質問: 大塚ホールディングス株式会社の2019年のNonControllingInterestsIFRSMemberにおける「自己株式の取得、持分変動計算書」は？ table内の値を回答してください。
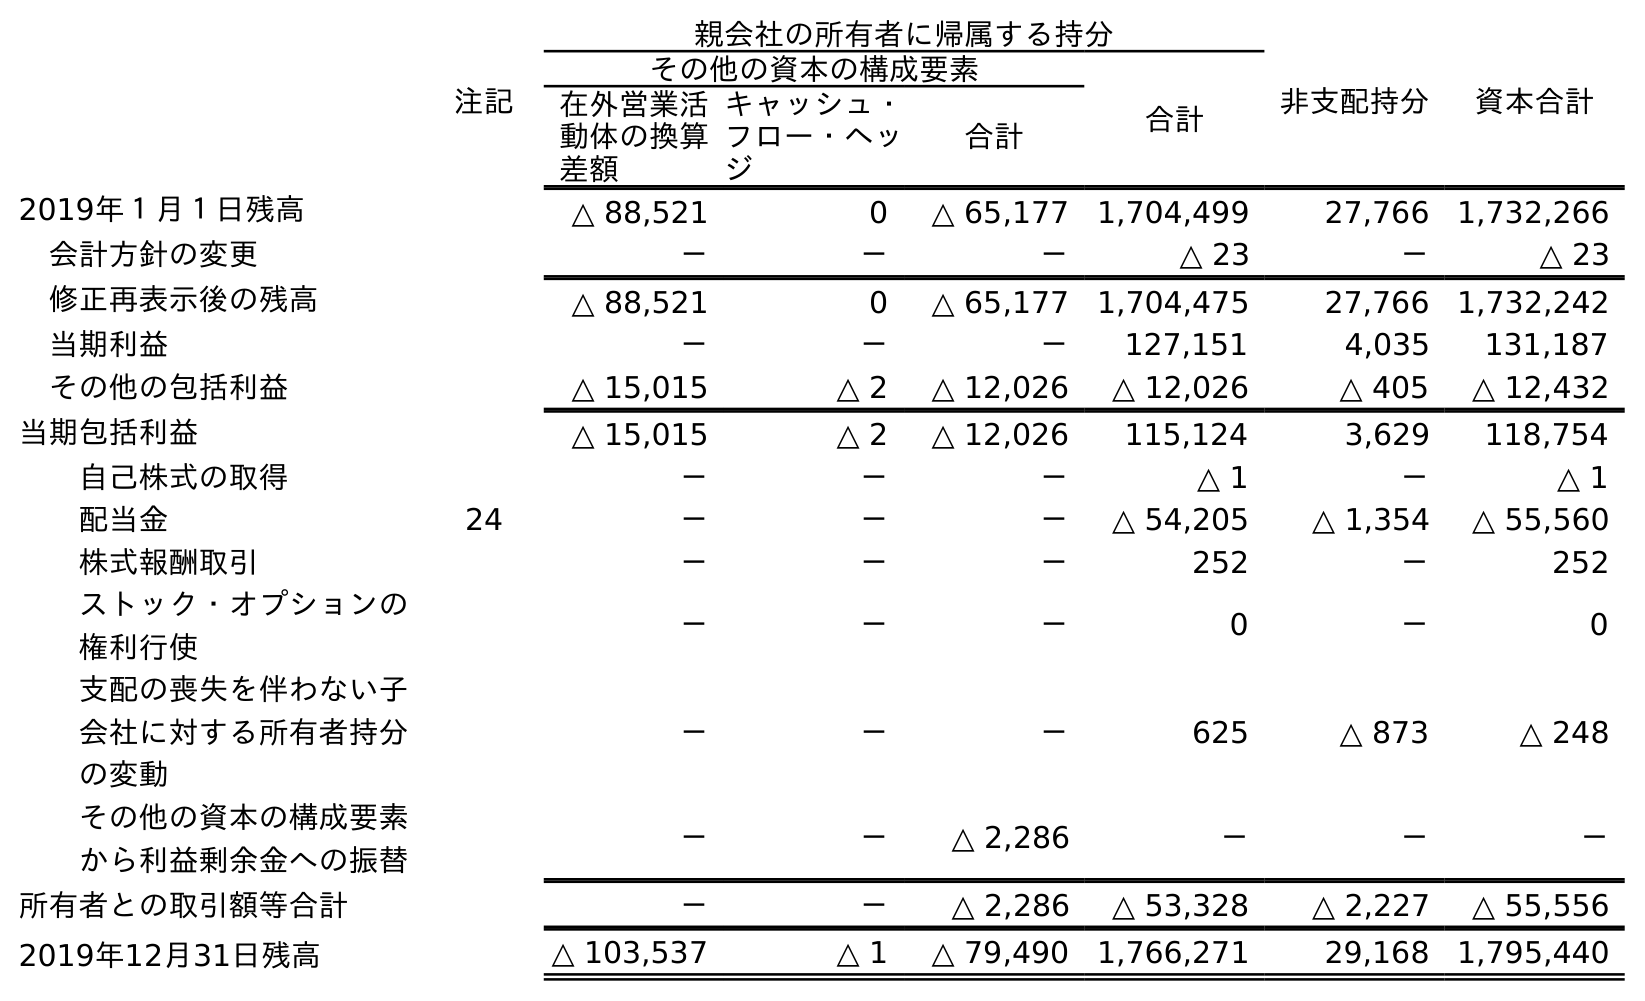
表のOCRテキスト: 注記 親会社の所有者に帰属する持分 非支配持分 資本合計 その他の資本の構成要素 合計 在外営業活 動体の換算 差額 キャッシュ・ フロー・ヘッ ジ 合計 2019年１月１日残高 △ 88,521 0 △ 65,177 1,704,499 27,766 1,732,266 会計方針の変更 － － － △ 23 － △ 23 修正再表示後の残高 △ 88,521 0 △ 65,177 1,704,475 27,766 1,732,242 当期利益 － － － 127,151 4,035 131,187 その他の包括利益 △ 15,015 △ 2 △ 12,026 △ 12,026 △ 405 △ 12,432 当期包括利益 △ 15,015 △ 2 △ 12,026 115,124 3,629 118,754 自己株式の取得 － － － △ 1 － △ 1 配当金 24 － － － △ 54,205 △ 1,354 △ 55,560 株式報酬取引 － － － 252 － 252 ストック・オプションの 権利行使 － － － 0 － 0 支配の喪失を伴わない子 会社に対する所有者持分 の変動 － － － 625 △ 873 △ 248 その他の資本の構成要素 から利益剰余金への振替 － － △ 2,286 － － － 所有者との取引額等合計 － － △ 2,286 △ 53,328 △ 2,227 △ 55,556 2019年12月31日残高 △ 103,537 △ 1 △ 79,490 1,766,271 29,168 1,795,440
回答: －